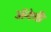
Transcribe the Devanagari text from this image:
अॅनेची